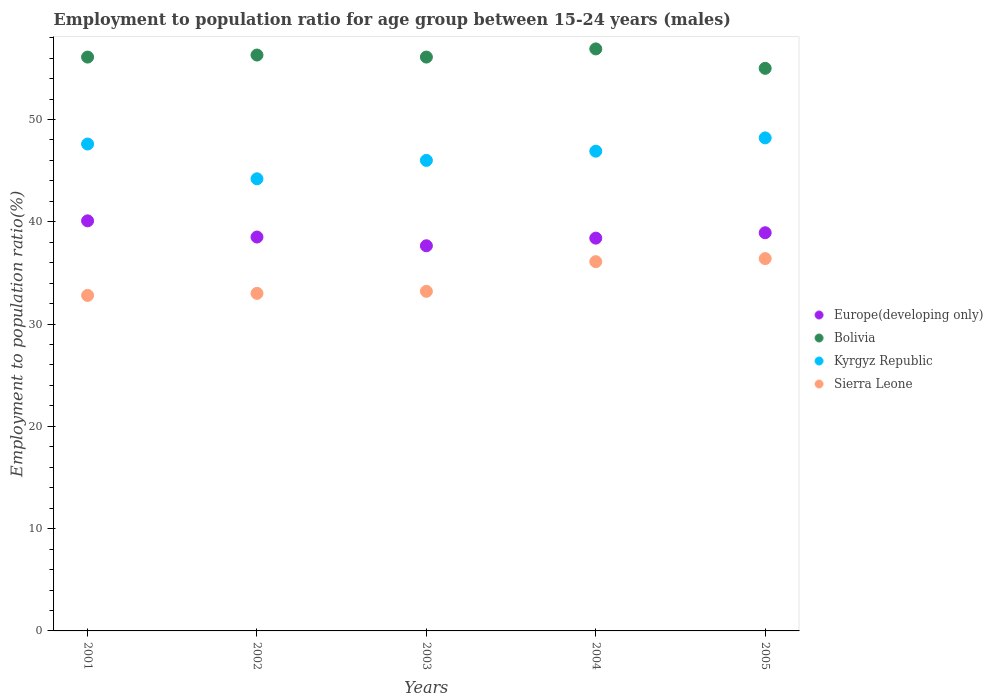
| Years | Europe(developing only) | Bolivia | Kyrgyz Republic | Sierra Leone |
 | --- | --- | --- | --- | --- |
 | 2001 | 40.1 | 56.1 | 47.6 | 32.8 |
 | 2002 | 38.5 | 56.3 | 44.2 | 33 |
 | 2003 | 37.7 | 56.1 | 46 | 33.2 |
 | 2004 | 38.4 | 56.9 | 46.9 | 36.1 |
 | 2005 | 38.9 | 55 | 48.2 | 36.4 |